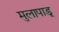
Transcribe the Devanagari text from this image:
मुलापाडू